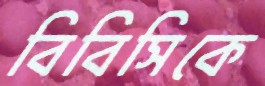
বিবিসিকে